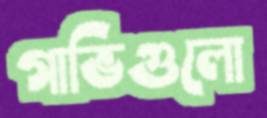
গাভিগুলো